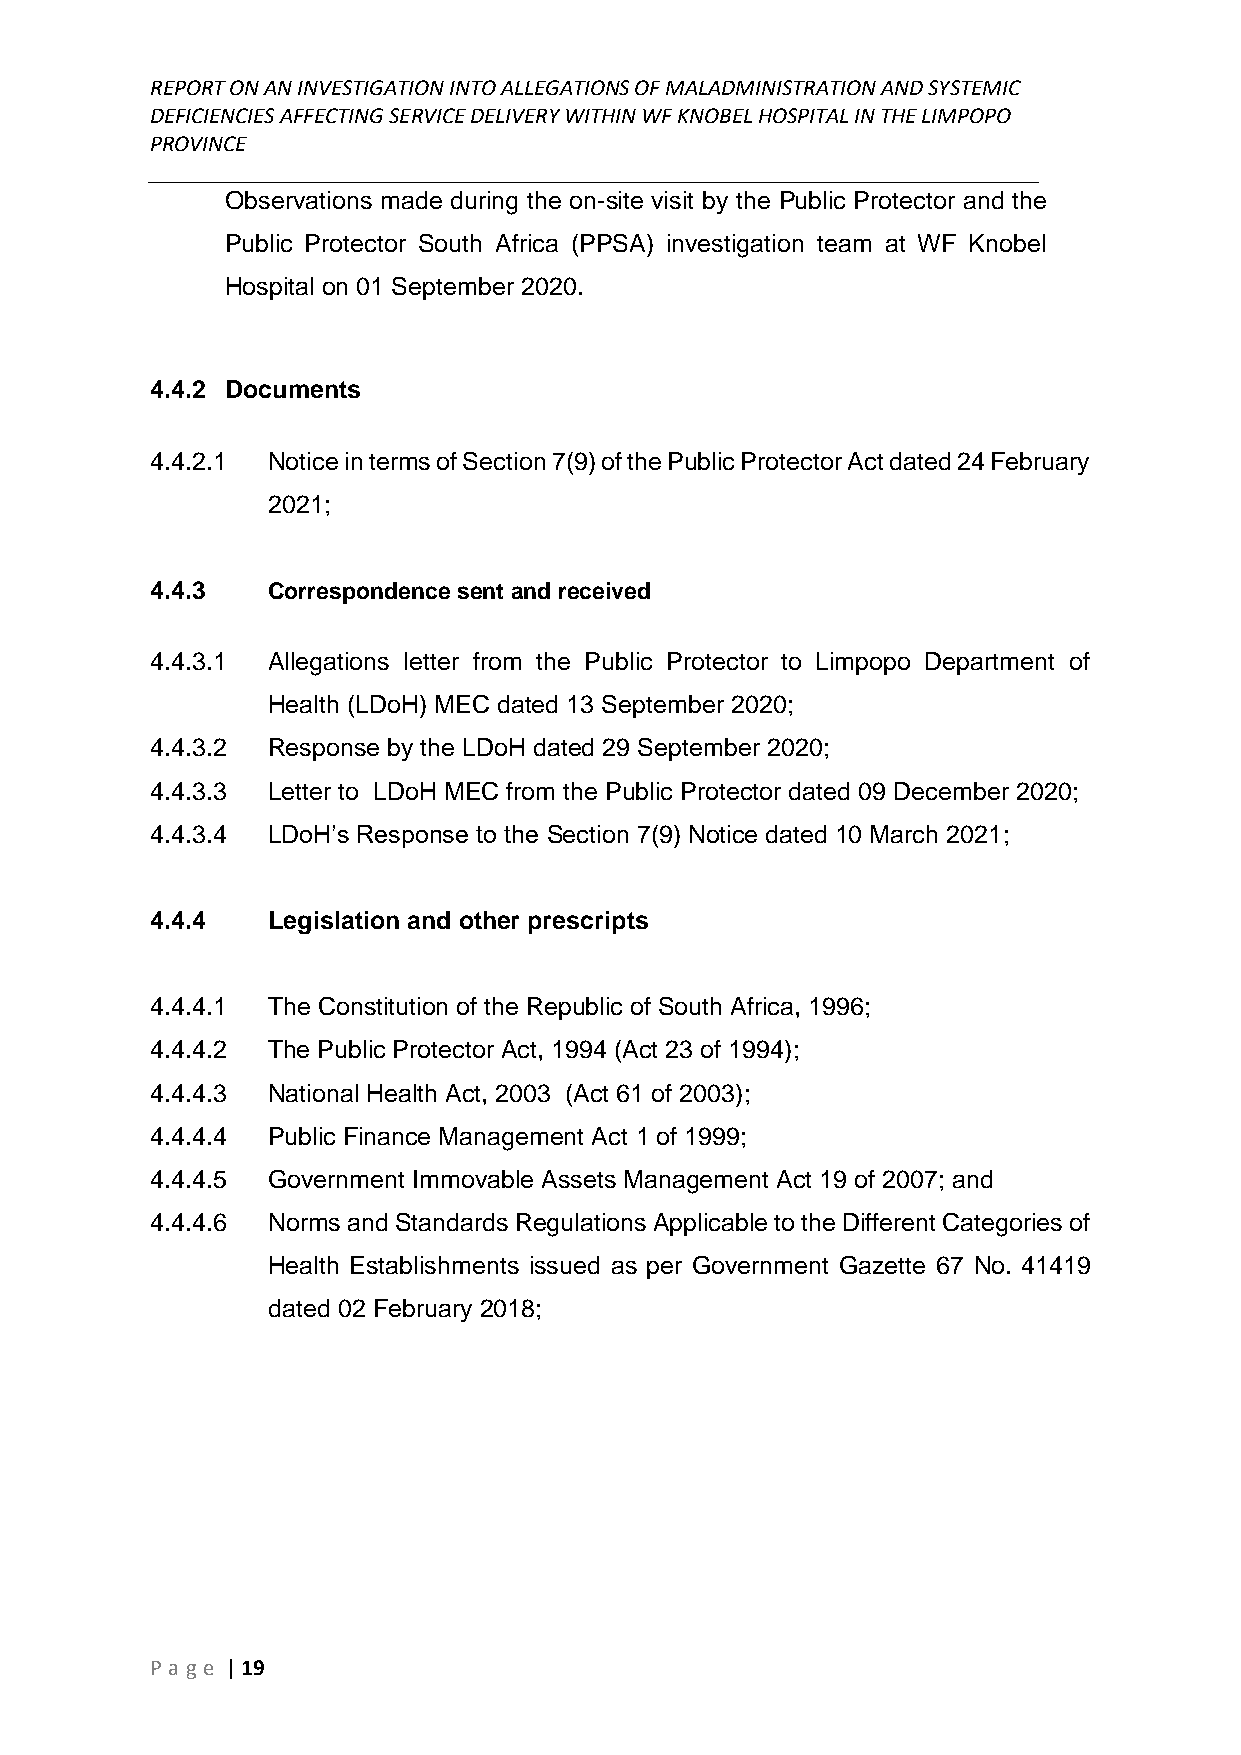
REPORT ON AN INVESTIGATION INTO ALLEGATIONS OF MALADMINISTRATION AND SYSTEMIC
 DEFICIENCIES AFFECTING SERVICE DELIVERY WITHIN WF KNOBEL HOSPITAL IN THE LIMPOPO
 PROVINCE
 ______________________________________________________________________________
 Observations made during the on-site visit by the Public Protector and the
 Public Protector South Africa (PPSA) investigation team at WF Knobel
 Hospital on 01 September 2020.
 4.4.2 Documents
 4.4.2.1 Notice in terms of Section 7(9) of the Public Protector Act dated 24 February
 2021;
 4.4.3   Correspondence sent and received
 4.4.3.1 Allegations letter from the Public Protector to Limpopo Department of
 Health (LDoH) MEC dated 13 September 2020;
 4.4.3.2 Response by the LDoH dated 29 September 2020;
 4.4.3.3 Letter to LDoH MEC from the Public Protector dated 09 December 2020;
 4.4.3.4 LDoH’s Response to the Section 7(9) Notice dated 10 March 2021;
 4.4.4   Legislation and other prescripts
 4.4.4.1 The Constitution of the Republic of South Africa, 1996;
 4.4.4.2 The Public Protector Act, 1994 (Act 23 of 1994);
 4.4.4.3 National Health Act, 2003 (Act 61 of 2003);
 4.4.4.4 Public Finance Management Act 1 of 1999;
 4.4.4.5 Government Immovable Assets Management Act 19 of 2007; and
 4.4.4.6 Norms and Standards Regulations Applicable to the Different Categories of
 Health Establishments issued as per Government Gazette 67 No. 41419
 dated 02 February 2018;
 P age | 19